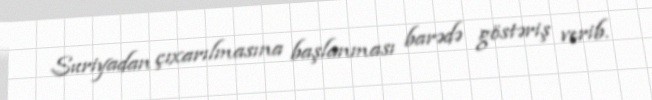
Suriyadan çıxarılmasına başlanması barədə göstəriş verib.